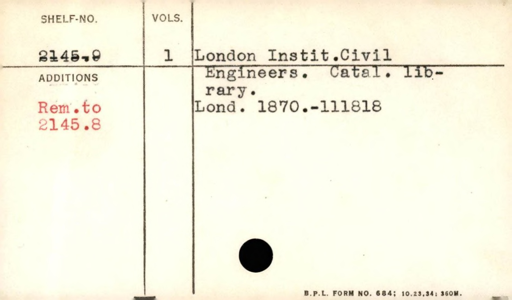
Label: content